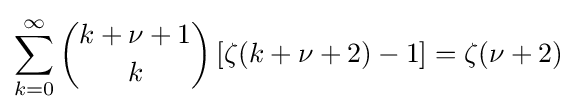
\sum _{k=0}^{\infty }{k+\nu +1 \choose k}\left[\zeta (k+\nu +2)-1\right]=\zeta (\nu +2)